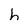
Character: h